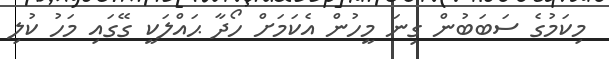
މިކަމުގެ ސަބަބުން ގިނަ މީހުން އެކަމަށް ހޯދާ ޙައްލަކީ ގޭގައި މަހު ކުލި